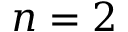
n = 2